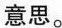
意思。